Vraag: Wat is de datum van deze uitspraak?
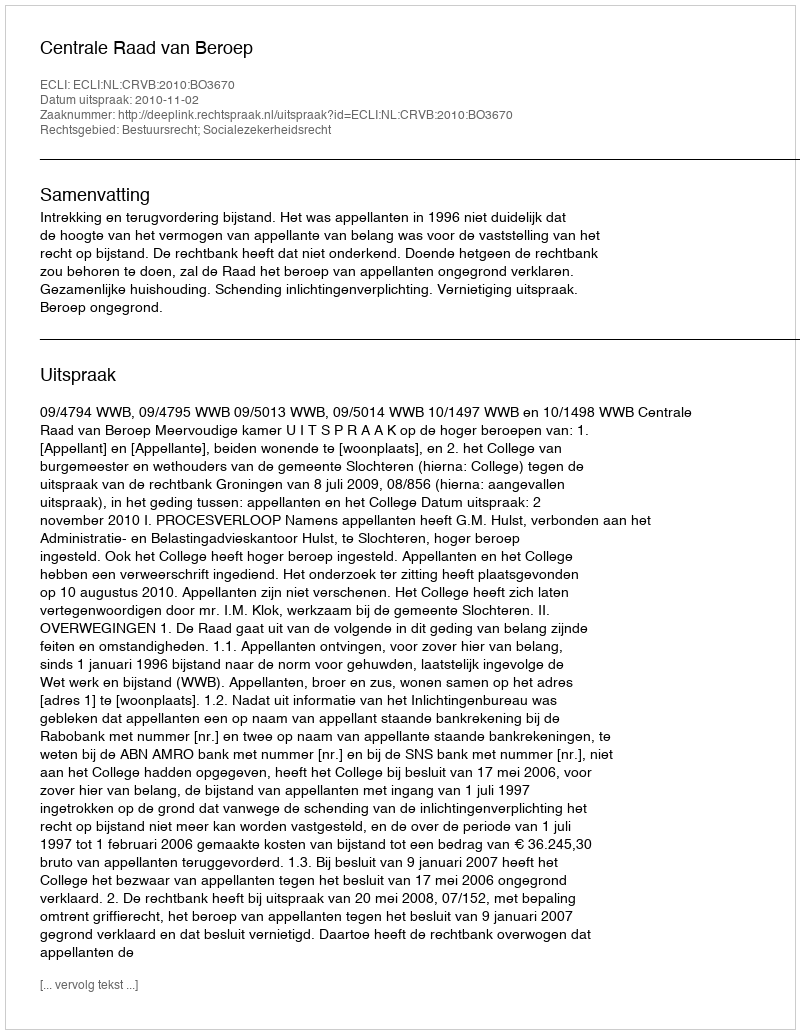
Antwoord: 2010-11-02